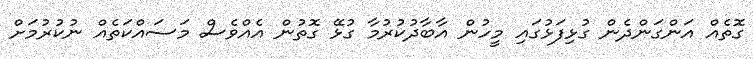
ގޮތެއް އަންގަންދެން ގުޅިފަޅުގައި މީހުން އާބާދުކުރުމާ ގުޅޭ ގޮތުން އެއްވެސް މަސައްކަތެއް ނުކުރުމަށް